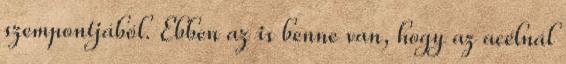
szempontjából. Ebben az is benne van, hogy az acélnál